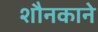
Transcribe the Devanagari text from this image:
शौनकाने